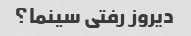
دیروز رفتی سینما؟